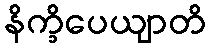
နိက္ခိပေယျာတိ